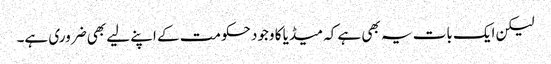
لیکن ایک بات یہ بھی ہے کہ میڈیا کا وجود حکومت کے اپنے لیے بھی ضروری ہے۔